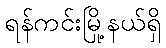
ရန်ကင်းမြို့နယ်ရှိ